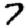
Digit: 7